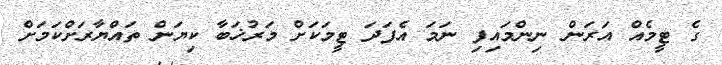
ގެ ޓީމެއް އަރަން ނިންމައިފި ނަމަ އެފަދަ ޓީމަކަށް މަރުޚަބާ ކިޔަން ތައްޔާރަށްކަމަށް